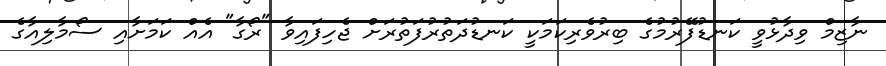
ނާޒިމް ވިދާޅުވީ ކަނޑުފޭރުމުގެ ބިރުވެރިކަމަކީ ކަނޑުދަތުރުފަތުރަށް ޖެހިފައިވާ "ރޯގާ" އެއް ކަމަށާއި ސޯމާލިއާގެ